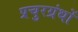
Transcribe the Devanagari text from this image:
प्रचुरग्रंथों